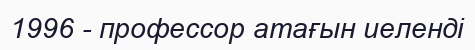
1996 - профессор атағын иеленді